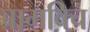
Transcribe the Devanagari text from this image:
ब्रामविच